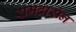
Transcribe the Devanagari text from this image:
रामदासेन